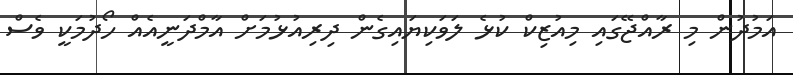
އަމުދުން މި ރާއްޖޭގައި މިއުޒިކް ކުޅެ ލަވަކިޔައިގެން ދިރިއުޅުމަށް އާމްދަނީއެއް ހޯދުމަކީ ވެސް